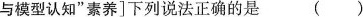
与模型认知”素养]下列说法正确的是()